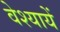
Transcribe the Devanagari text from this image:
वेश्यायें